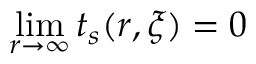
\operatorname* { l i m } _ { \boldsymbol { r } \to \infty } t _ { s } ( \boldsymbol { r } , \boldsymbol { \xi } ) = 0